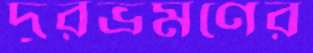
দূরভ্রমণের